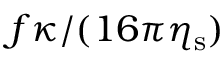
f \kappa / ( 1 6 \pi \eta _ { \mathrm { s } } )